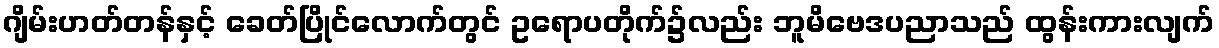
ဂျိမ်းဟတ်တန်နှင့် ခေတ်ပြိုင်လောက်တွင် ဥရောပတိုက်၌လည်း ဘူမိဗေဒပညာသည် ထွန်းကားလျက်